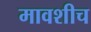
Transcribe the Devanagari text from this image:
मावशीच